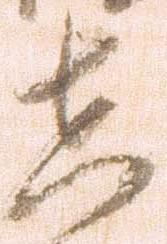
在